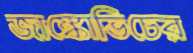
জাঙ্কোভিচের